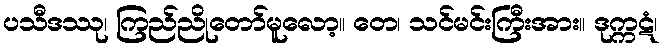
ပသီဒဿု၊ ကြည်ညိုတော်မူလော့။ တေ၊ သင်မင်းကြီးအား။ ဒုက္ကဋံ၊